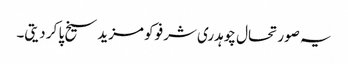
یہ صورتحال چوہدری شرفو کو مزید سیخ پا کر دیتی۔